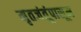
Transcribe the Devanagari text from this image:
मृतजंतूंपासून